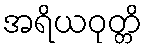
အရိယဝုတ္တိ